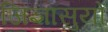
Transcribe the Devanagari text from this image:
जिज्ञासुयों